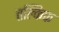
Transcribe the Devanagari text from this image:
तल्किफ